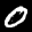
Label: 0